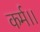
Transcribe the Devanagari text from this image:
कर्म।।